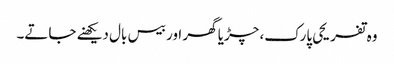
وہ تفریحی پارک، چڑیا گھر اور بیس بال دیکھنے جاتے۔